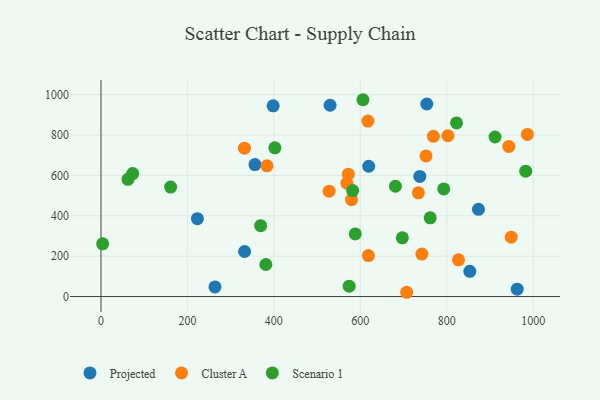
{"axis": {"x": "Engine Size", "y": "Rating"}, "legend": ["Cluster A", "Projected", "Scenario 1"], "data": [{"x": "332.3", "y": 223.2, "type": "Projected"}, {"x": "963.0", "y": 36.4, "type": "Projected"}, {"x": "873.4", "y": 432.0, "type": "Projected"}, {"x": "263.8", "y": 47.7, "type": "Projected"}, {"x": "853.4", "y": 124.8, "type": "Projected"}, {"x": "356.3", "y": 653.6, "type": "Projected"}, {"x": "530.1", "y": 947.6, "type": "Projected"}, {"x": "398.4", "y": 944.7, "type": "Projected"}, {"x": "619.5", "y": 645.5, "type": "Projected"}, {"x": "753.9", "y": 953.8, "type": "Projected"}, {"x": "223.1", "y": 385.7, "type": "Projected"}, {"x": "737.7", "y": 594.8, "type": "Projected"}, {"x": "769.1", "y": 793.9, "type": "Cluster A"}, {"x": "802.8", "y": 796.5, "type": "Cluster A"}, {"x": "827.3", "y": 182.1, "type": "Cluster A"}, {"x": "527.8", "y": 522.1, "type": "Cluster A"}, {"x": "752.1", "y": 696.5, "type": "Cluster A"}, {"x": "617.5", "y": 869.1, "type": "Cluster A"}, {"x": "618.7", "y": 203.0, "type": "Cluster A"}, {"x": "943.6", "y": 743.6, "type": "Cluster A"}, {"x": "742.5", "y": 210.5, "type": "Cluster A"}, {"x": "579.8", "y": 479.9, "type": "Cluster A"}, {"x": "986.6", "y": 802.9, "type": "Cluster A"}, {"x": "707.3", "y": 21.1, "type": "Cluster A"}, {"x": "384.0", "y": 647.6, "type": "Cluster A"}, {"x": "569.0", "y": 561.5, "type": "Cluster A"}, {"x": "949.2", "y": 294.3, "type": "Cluster A"}, {"x": "734.4", "y": 514.0, "type": "Cluster A"}, {"x": "331.9", "y": 734.8, "type": "Cluster A"}, {"x": "572.3", "y": 606.3, "type": "Cluster A"}, {"x": "761.7", "y": 390.0, "type": "Scenario 1"}, {"x": "369.4", "y": 350.8, "type": "Scenario 1"}, {"x": "73.4", "y": 609.0, "type": "Scenario 1"}, {"x": "606.2", "y": 975.0, "type": "Scenario 1"}, {"x": "582.3", "y": 525.1, "type": "Scenario 1"}, {"x": "3.8", "y": 261.0, "type": "Scenario 1"}, {"x": "588.4", "y": 310.3, "type": "Scenario 1"}, {"x": "793.1", "y": 533.3, "type": "Scenario 1"}, {"x": "911.8", "y": 790.4, "type": "Scenario 1"}, {"x": "574.3", "y": 51.5, "type": "Scenario 1"}, {"x": "62.4", "y": 580.7, "type": "Scenario 1"}, {"x": "161.1", "y": 542.3, "type": "Scenario 1"}, {"x": "697.3", "y": 290.7, "type": "Scenario 1"}, {"x": "822.7", "y": 860.0, "type": "Scenario 1"}, {"x": "982.7", "y": 620.8, "type": "Scenario 1"}, {"x": "381.5", "y": 158.8, "type": "Scenario 1"}, {"x": "402.4", "y": 736.8, "type": "Scenario 1"}, {"x": "681.3", "y": 546.4, "type": "Scenario 1"}]}